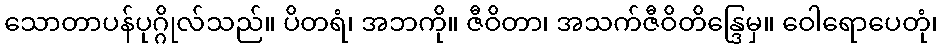
သောတာပန်ပုဂ္ဂိုလ်သည်။ ပိတရံ၊ အဘကို။ ဇီဝိတာ၊ အသက်ဇီဝိတိန္ဒြေမှ။ ဝေါရောပေတုံ၊